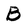
Character: B